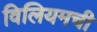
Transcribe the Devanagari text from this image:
विलियमची